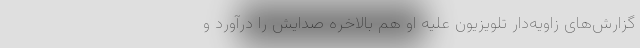
گزارش‌های زاویه‌دار تلویزیون علیه او هم بالاخره صدایش را درآورد و